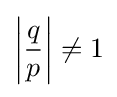
\left|{\frac {q}{p}}\right|\neq 1